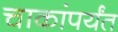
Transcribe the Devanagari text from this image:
चाकांपर्यंत